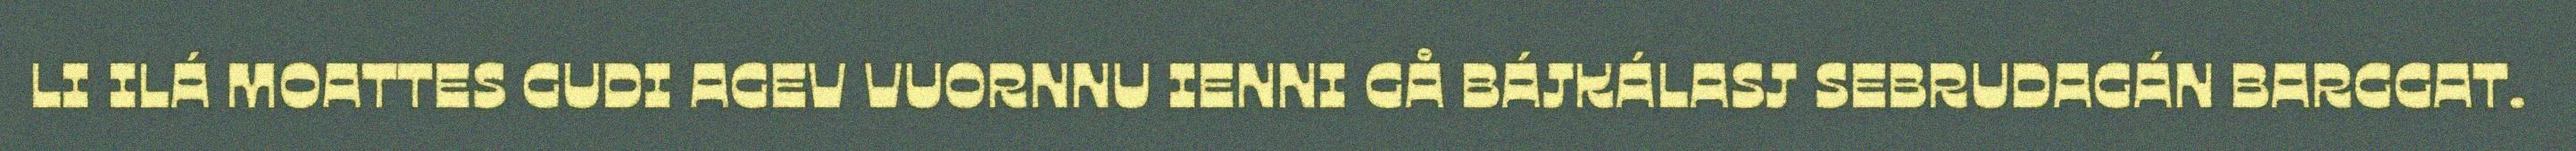
LI ILÁ MOATTES GUDI AGEV VUORNNU IENNI GÅ BÁJKÁLASJ SEBRUDAGÁN BARGGAT.